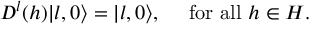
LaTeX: D ^ { l } ( h ) | l , 0 \rangle = | l , 0 \rangle , ~ ~ ~ ~ \mathrm { f o r ~ a l l } ~ h \in H .